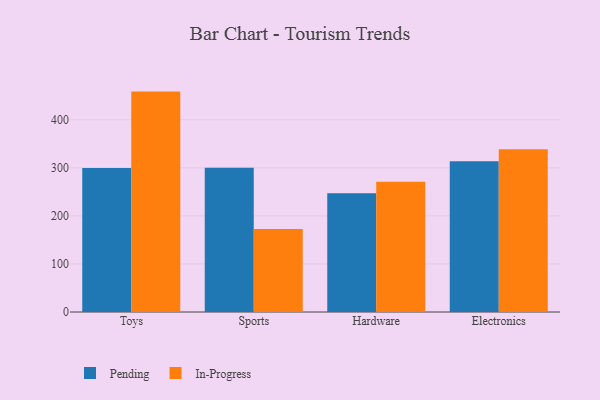
{"axis": {"x": "Category", "y": "Demand Index"}, "legend": ["In-Progress", "Pending"], "data": [{"x": "Toys", "y": 299.6, "type": "Pending"}, {"x": "Toys", "y": 458.6, "type": "In-Progress"}, {"x": "Sports", "y": 299.9, "type": "Pending"}, {"x": "Sports", "y": 172.9, "type": "In-Progress"}, {"x": "Hardware", "y": 247.0, "type": "Pending"}, {"x": "Hardware", "y": 270.9, "type": "In-Progress"}, {"x": "Electronics", "y": 313.5, "type": "Pending"}, {"x": "Electronics", "y": 338.7, "type": "In-Progress"}]}